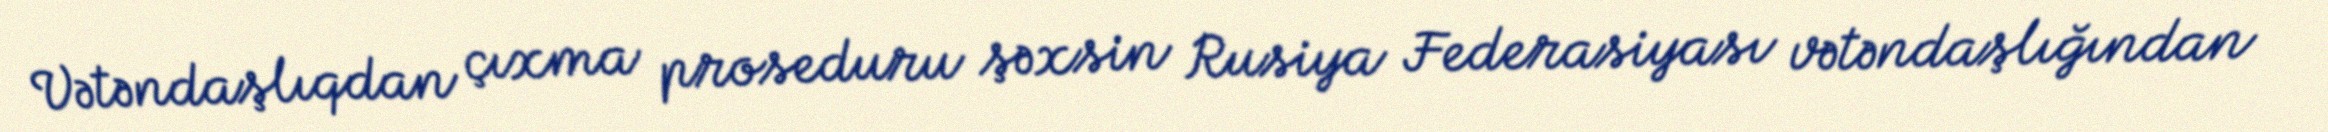
Vətəndaşlıqdan çıxma proseduru şəxsin Rusiya Federasiyası vətəndaşlığından